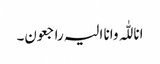
انا للّٰہ وانا الیہ راجعون۔